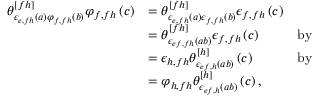
\begin{array} { r l r } { \theta _ { \epsilon _ { e , f h } \left( a \right) \varphi _ { f , f h } \left( b \right) } ^ { [ f h ] } \varphi _ { f , f h } \left( c \right) } & { = \theta _ { \epsilon _ { e , f h } \left( a \right) \epsilon _ { f , f h } \left( b \right) } ^ { [ f h ] } \epsilon _ { f , f h } \left( c \right) } \\ & { = \theta _ { \epsilon _ { e f , f h } \left( a b \right) } ^ { [ f h ] } \epsilon _ { f , f h } \left( c \right) } & { \mathrm { b y ~ } } \\ & { = \epsilon _ { h , f h } \theta _ { \epsilon _ { e f , h } \left( a b \right) } ^ { [ h ] } \left( c \right) } & { \mathrm { b y ~ } } \\ & { = \varphi _ { h , f h } \theta _ { \epsilon _ { e f , h } \left( a b \right) } ^ { [ h ] } \left( c \right) , } \end{array}